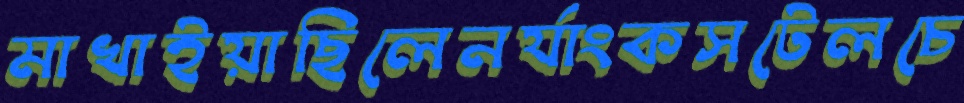
মাখাইয়াছিলেনর‍্যাংকসটেলচে